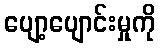
ပျော့ပျောင်းမှုကို